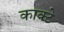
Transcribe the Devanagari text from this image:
काक्टे